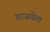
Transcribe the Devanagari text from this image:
गाजवेल